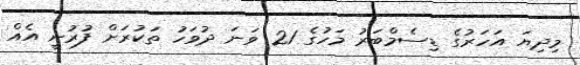
މިދިޔަ އަހަރުގެ ޑިސެމްބަރު މަހުގެ 21 ވަނަ ދުވަހު ތަކުރަށް ފުރުނީ އެއް